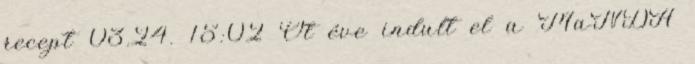
recept 03.24. 15:02 Öt éve indult el a MaNDA